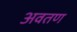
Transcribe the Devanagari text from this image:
अवतण